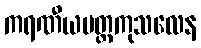
ကရဏီယမတ္ထကုသလေန